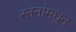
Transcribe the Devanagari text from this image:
स्तनांमधून